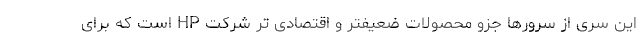
این سری از سرورها جزو محصولات ضعیفتر و اقتصادی تر شرکت HP است که برای